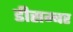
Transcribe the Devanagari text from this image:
डीसम्बर